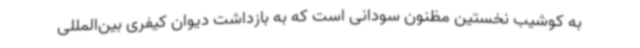
به کوشیب نخستین مظنون سودانی است که به بازداشت دیوان کیفری بین‌المللی